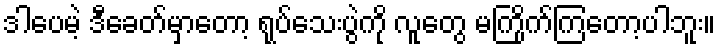
ဒါပေမဲ့ ဒီခေတ်မှာတော့ ရုပ်သေးပွဲကို လူတွေ မကြိုက်ကြတော့ပါဘူး။